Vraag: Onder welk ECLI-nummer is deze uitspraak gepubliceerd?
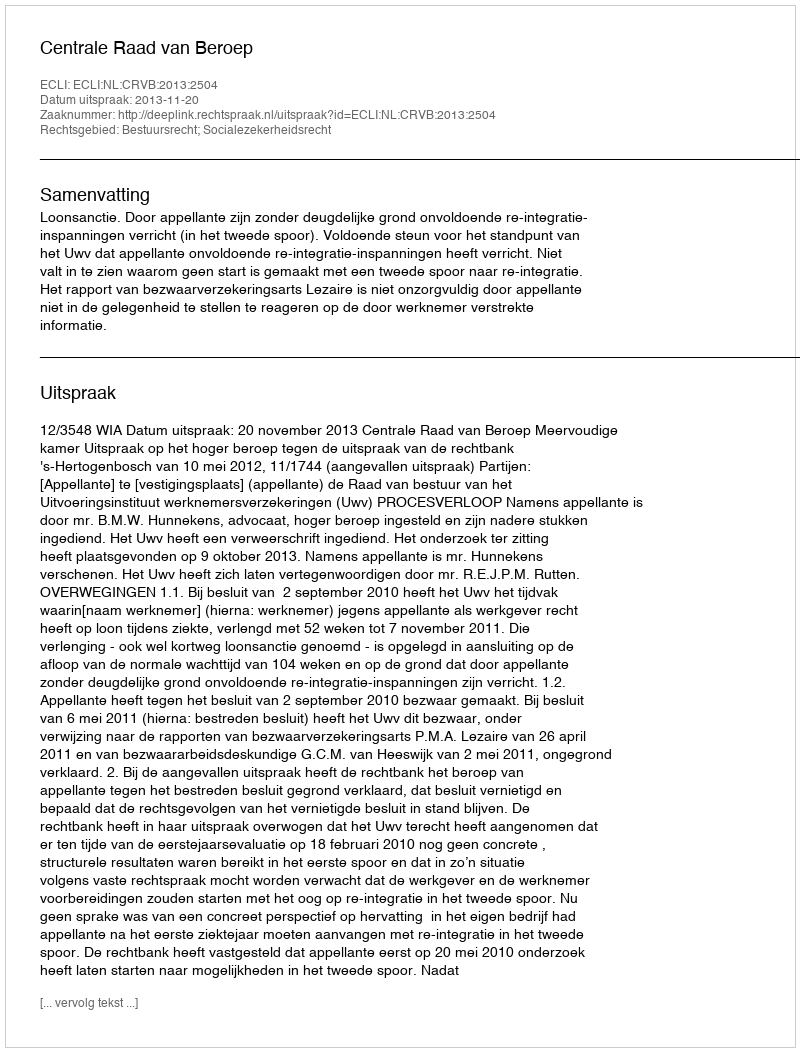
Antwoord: ECLI:NL:CRVB:2013:2504